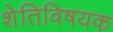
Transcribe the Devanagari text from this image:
शेतिविषयक